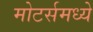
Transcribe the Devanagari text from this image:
मोटर्समध्ये